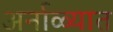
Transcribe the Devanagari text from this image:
अर्नाळ्यात